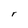
Character: r